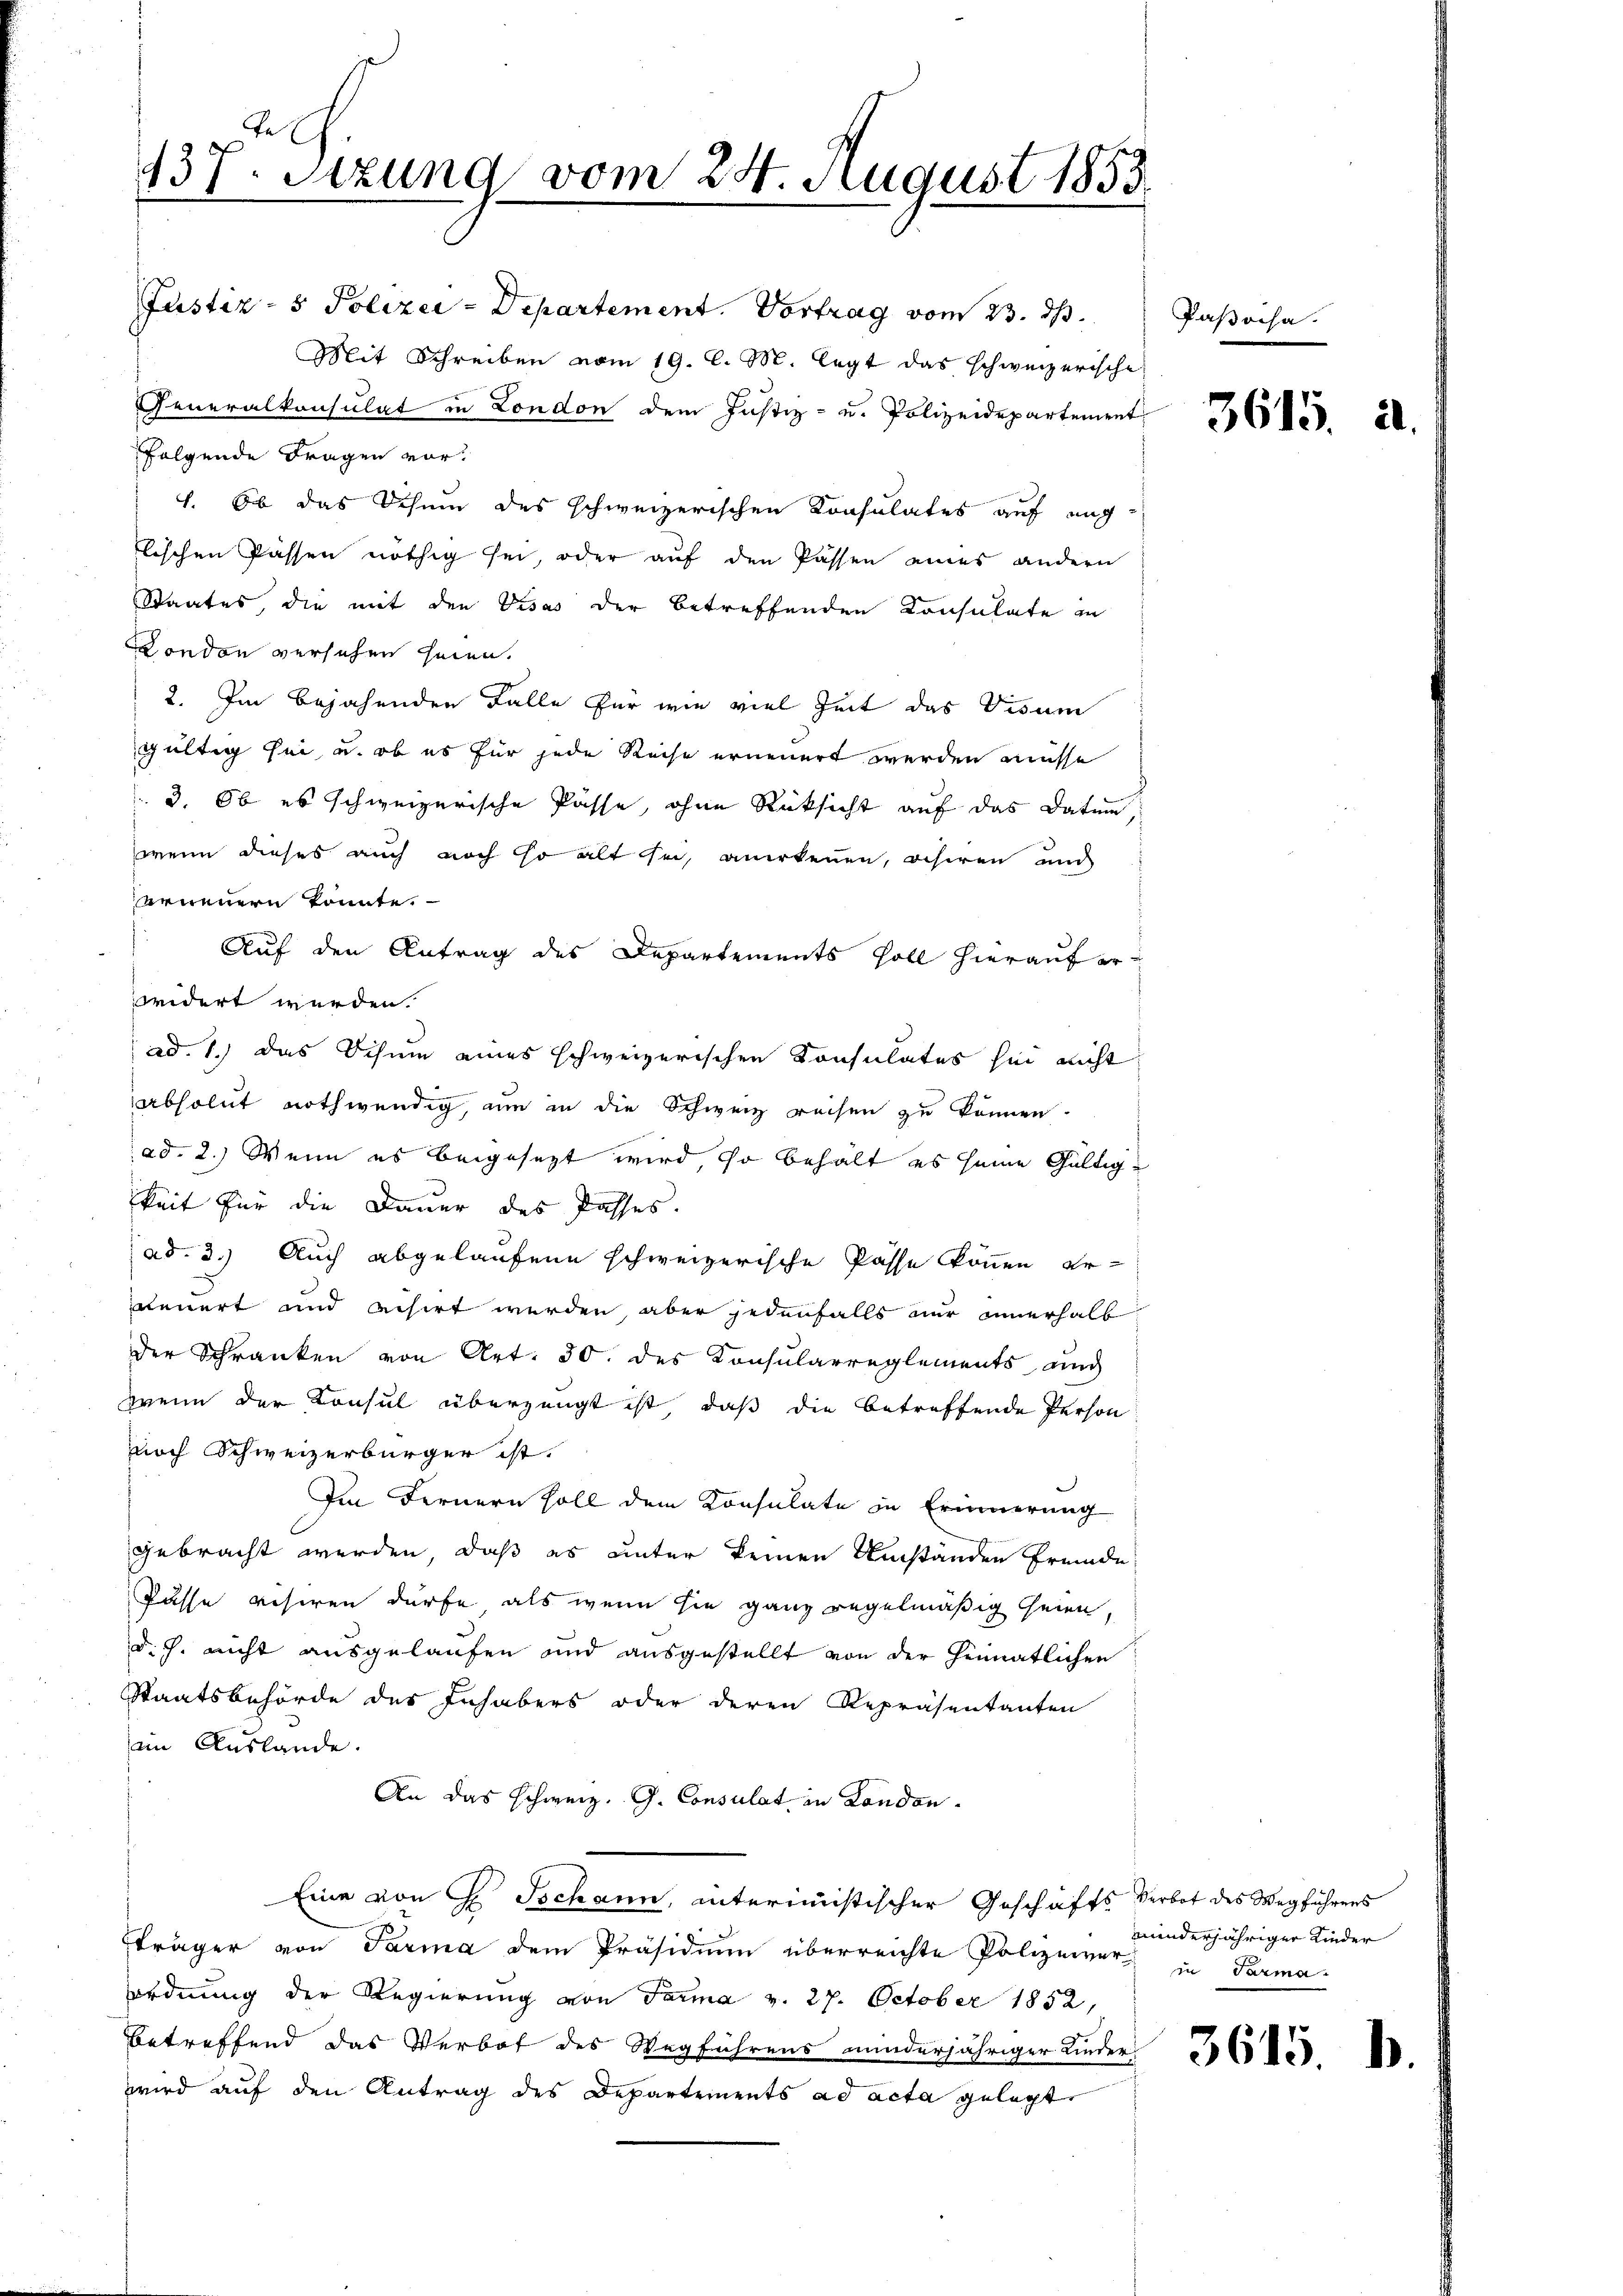
137. Setzung vom 24. August 1853.
s

Justiz- & Polizei-Departement. Vortrag vom 23. ds.
Mit Schreiben vom 19. d. M. legt das schweizerische
Generalkonsulat in London dem Justiz- u. Polizeidepartement
folgende Fragen vor.
1. Ob das Schein des schweizerischen Konsulates auf eigtlischen Passen nöthig sei, oder auf den Passen eines andern
Staates, die mit den Visas der betreffenden Konsulate in
London versehen seien.
2. Im bejahenden Falle für wie viel Zeit das Visum
gültig sei, und ob es für jede Reise erneuert werden müsse
3. Ob es schweizerische Pässe, ohne Rücksicht auf das Datum,
wenn dieses auch noch so alt in anerkenen, achiren und
erneuern konnte.
Auf den Antrag des Departements soll hierauf erridert werden.
ad. 1.) Das Schume eines schweizerischen Konsulates sei nicht
absolut nothwendig, um in die Schweiz reisen zu können.
ad. 2.) Wenn es beigesezt wird, so behält es seine Gültig-
keit für die Dauer des Passes.
ad. 3.) Auch abgelaufene schweizerische Pässe können, erpennert und visirt werden, aber jedenfalls nur innerhalb
der Schranken von Art. 30. des Konsularreglements auch
wenn der Konsul überzeugt ist, daß die betreffende Person
uoch Schweizerbürger ist.
Im Fernern soll dem Konsulate in Erinnerung
gebracht werden, daß es unter keinen Umständen fremde
Pässe visiren dürfe, als wenn sie ganz regelmäßig seien
d.h. nicht ausgelaufen und ausgestellt von der Heimatlichen
Staatsbehörde des Inhabers oder deren Repräsentanten
am Auslande.
An das schweiz. G. Consulat in London.
Eine von H. Jochann, interimistischer Geschäfts Verbot des Wegführens
träger von Parma dem Präsidium überreichte Polizeiver in Parma-
ordnung der Regierung von Farma v. 27. October 1852,
betreffend das Verbot des Wegführens minderjähriger Kinder-
wird auf den Antrag des Departements ad acta gelegt

Paßocha.

3615. d.

minderjähriger Kinder

3615.

.